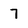
Character: 7